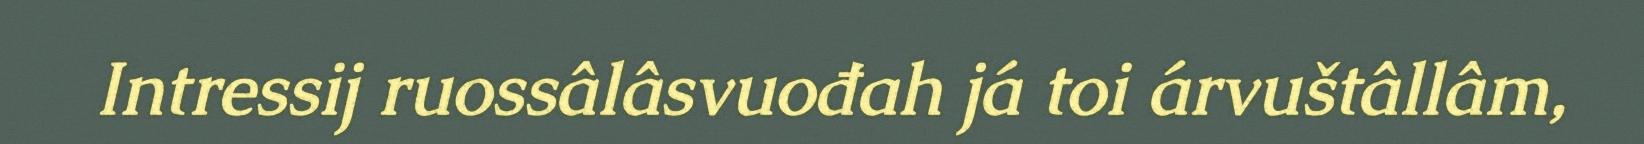
Intressij ruossâlâsvuođah já toi árvuštâllâm,